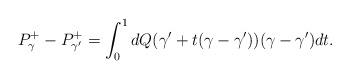
LaTeX: \begin{align*} P^+_{\gamma}-P^+_{\gamma'}=\int_{0}^1 dQ(\gamma'+t(\gamma-\gamma'))(\gamma-\gamma')dt.\end{align*}